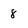
Character: 8